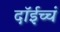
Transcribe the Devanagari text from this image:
दॉईच्चं